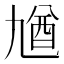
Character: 𠄁